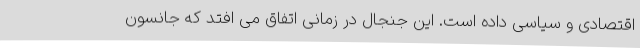
اقتصادی و سیاسی داده است. این جنجال در زمانی اتفاق می افتد که جانسون